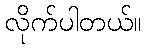
လိုက်ပါတယ်။